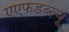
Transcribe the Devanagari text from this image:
एएफडब्ल्‍यू